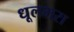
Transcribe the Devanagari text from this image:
धूलभरा